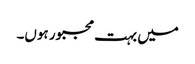
میں بہت مجبور ہوں۔